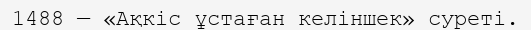
1488 — «Ақкіс ұстаған келіншек» суреті.